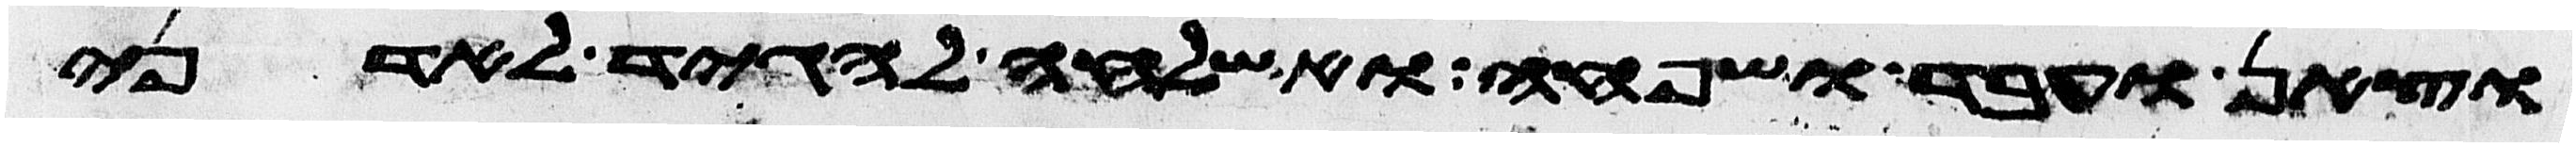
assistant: וצאן ועבד ושפחה ואשלחה להגיד לאדני